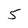
Character: 5